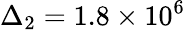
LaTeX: \Delta_{2}=1.8\times 10^{6}